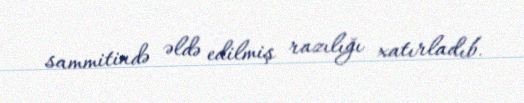
sammitində əldə edilmiş razılığı xatırladıb.